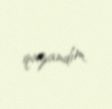
qazandım.